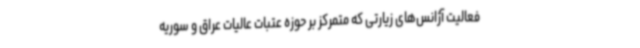
فعالیت آژانس‌های زیارتی که متمرکز بر حوزه عتبات عالیات عراق و سوریه